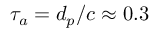
\tau _ { a } = d _ { p } / c \approx 0 . 3